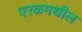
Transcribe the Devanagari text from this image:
परळमधील